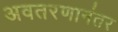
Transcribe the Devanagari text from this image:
अवतरणानंतर